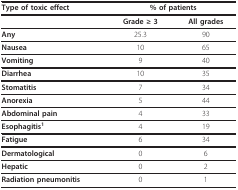
<table><thead><tr><td><b>Type of toxic effect</b></td><td colspan="2"><b>% of patients</b></td></tr></thead><tbody><tr><td></td><td><b>Grade ≥ 3</b></td><td><b>All grades</b></td></tr><tr><td><b>Any</b></td><td>25.3</td><td>90</td></tr><tr><td><b>Nausea</b></td><td>10</td><td>65</td></tr><tr><td><b>Vomiting</b></td><td>9</td><td>40</td></tr><tr><td><b>Diarrhea</b></td><td>10</td><td>35</td></tr><tr><td><b>Stomatitis</b></td><td>7</td><td>34</td></tr><tr><td><b>Anorexia</b></td><td>5</td><td>44</td></tr><tr><td><b>Abdominal pain</b></td><td>4</td><td>33</td></tr><tr><td><b>Esophagitis</b><sup><b>1</b></sup></td><td>4</td><td>19</td></tr><tr><td><b>Fatigue</b></td><td>6</td><td>34</td></tr><tr><td><b>Dermatological</b></td><td>0</td><td>6</td></tr><tr><td><b>Hepatic</b></td><td>0</td><td>2</td></tr><tr><td><b>Radiation pneumonitis</b></td><td>0</td><td>1</td></tr></tbody></table>